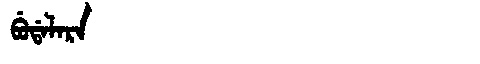
Manchu: ᠪᡠᡩᠠᠯᠠᡵᠠ
Romanization: BUDALARA